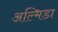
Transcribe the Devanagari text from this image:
अल्मिडा